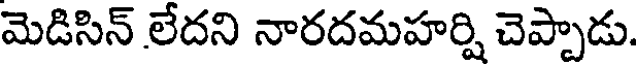
మెడిసిన్ లేదని నారదమహర్షి చెప్పాడు.